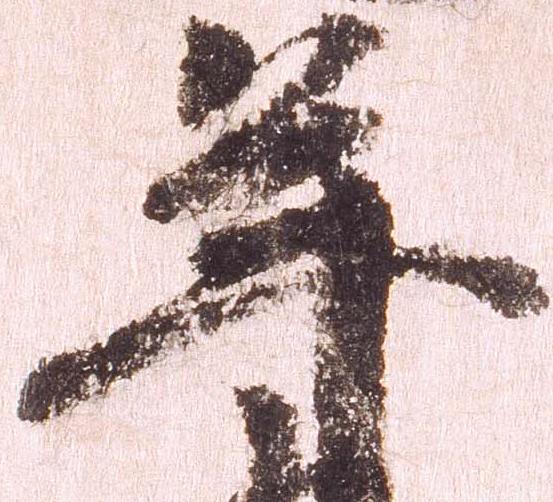
年